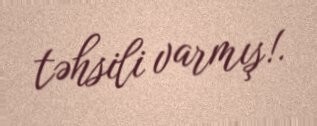
təhsili varmış!.